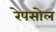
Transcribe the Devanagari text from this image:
रेपसोल